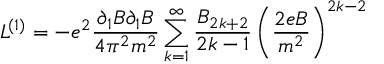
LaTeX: { \cal L } ^ { ( 1 ) } = - e ^ { 2 } \frac { \partial _ { 1 } B \partial _ { 1 } B } { 4 \pi ^ { 2 } m ^ { 2 } } \sum _ { k = 1 } ^ { \infty } \frac { { \cal B } _ { 2 k + 2 } } { 2 k - 1 } \left( \frac { 2 e B } { m ^ { 2 } } \right) ^ { 2 k - 2 }